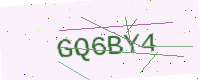
Text: GQ6BY4